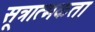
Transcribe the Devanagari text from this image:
सूत्रात्मकता